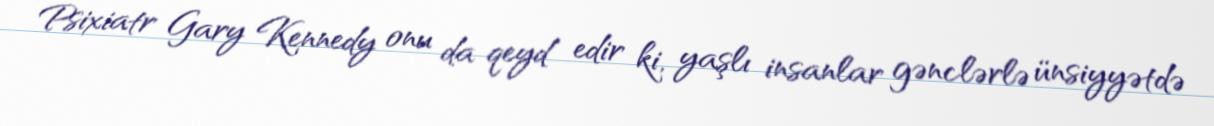
Psixiatr Gary Kennedy onu da qeyd edir ki, yaşlı insanlar gənclərlə ünsiyyətdə